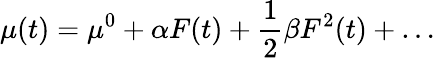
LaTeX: \mu(t)=\mu^{0}+\alpha F(t)+\frac{1}{2}\beta F^{2}(t)+\ldots